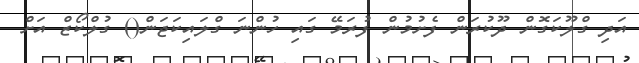
އަދި ގްލޫކަގޮން ދޫކުރަން ފެށުމުން ފުރަމޭ ގައި ހުންނަ ގްލައިކަޖަން() ގުލްކޯޒް އަށް